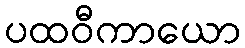
ပထဝီကာယော